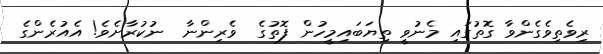
ރިވެތިވެގެންވާ ގޮތުގައި މެނުވީ ތިޔަބައިމީހުން ފޮތުގެ  ވެރިންނާ  ނުކުރާށެވެ! އެއުރެންގެ